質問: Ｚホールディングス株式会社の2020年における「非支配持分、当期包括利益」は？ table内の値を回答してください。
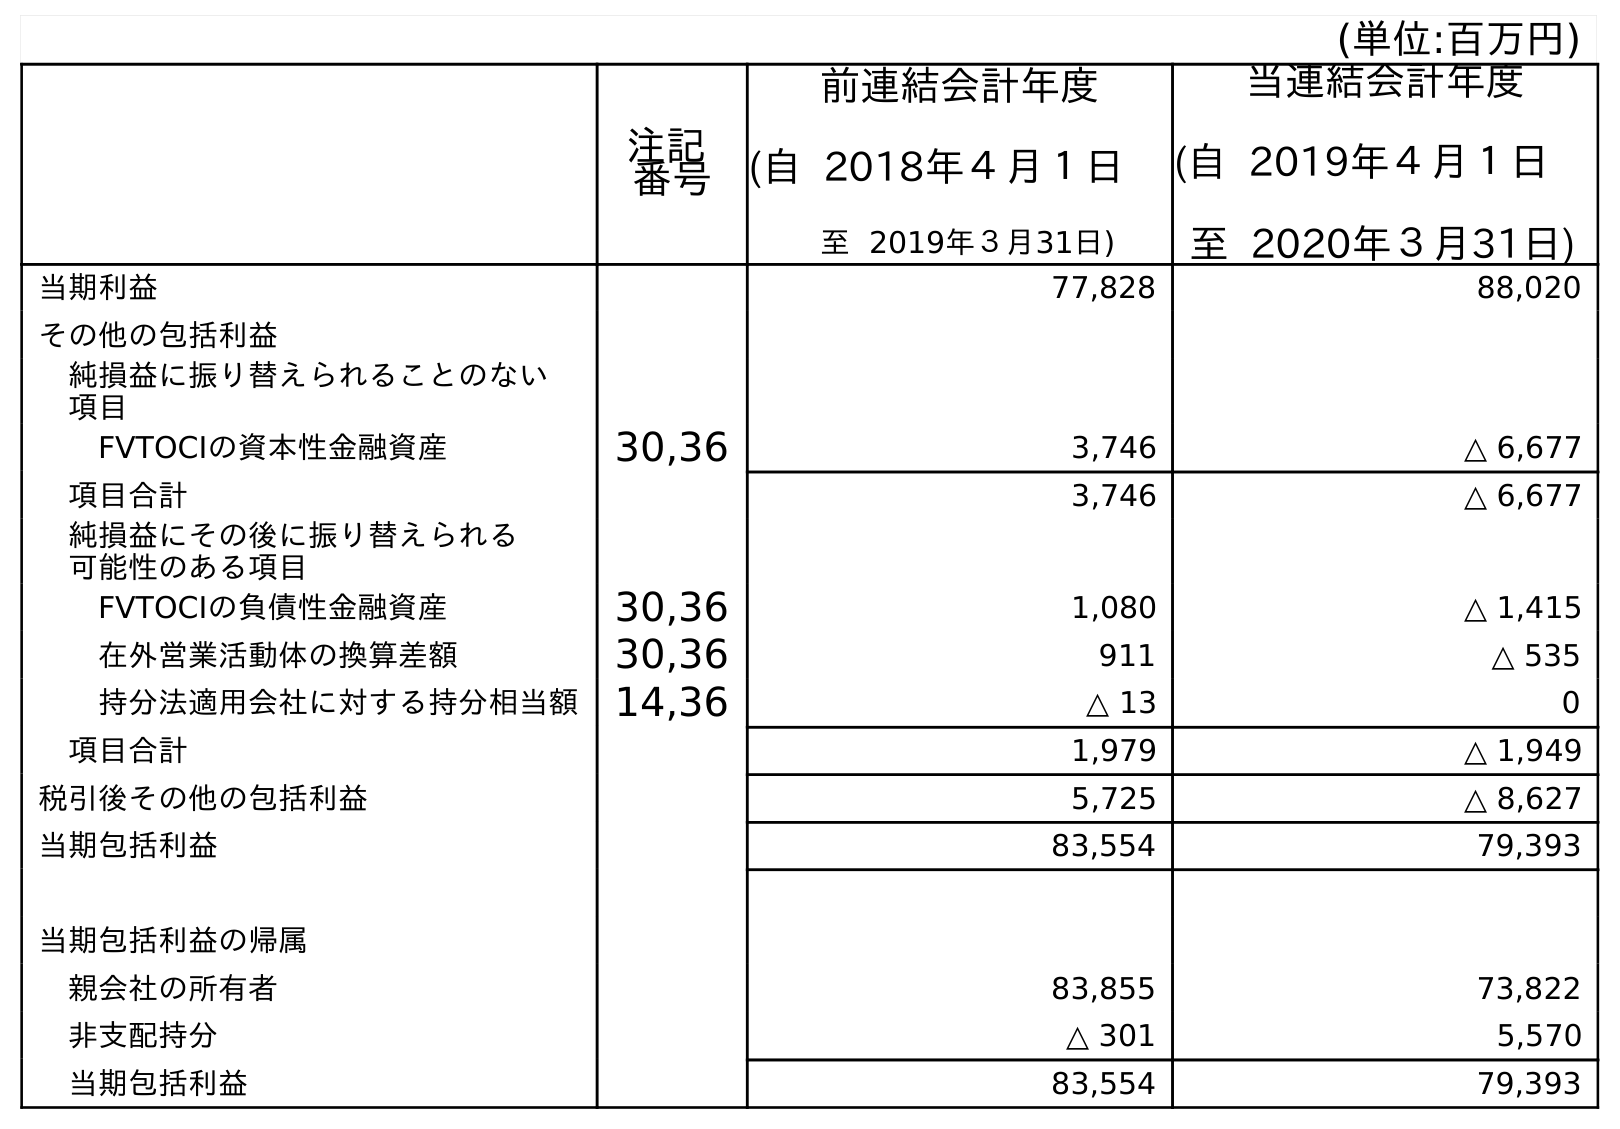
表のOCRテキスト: (単位:百万円) 注記 番号 前連結会計年度 (自 2018年４月１日 至 2019年３月31日) 当連結会計年度 (自 2019年４月１日 至 2020年３月31日) 当期利益 77,828 88,020 その他の包括利益 純損益に振り替えられることのない 項目 FVTOCIの資本性金融資産 30,36 3,746 △ 6,677 項目合計 3,746 △ 6,677 純損益にその後に振り替えられる 可能性のある項目 FVTOCIの負債性金融資産 30,36 1,080 △ 1,415 在外営業活動体の換算差額 30,36 911 △ 535 持分法適用会社に対する持分相当額 14,36 △ 13 0 項目合計 1,979 △ 1,949 税引後その他の包括利益 5,725 △ 8,627 当期包括利益 83,554 79,393 当期包括利益の帰属 親会社の所有者 83,855 73,822 非支配持分 △ 301 5,570 当期包括利益 83,554 79,393
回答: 5,570